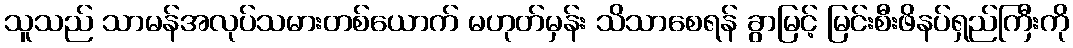
သူသည် သာမန်အလုပ်သမားတစ်ယောက် မဟုတ်မှန်း သိသာစေရန် ခွာမြင့် မြင်းစီးဖိနပ်ရှည်ကြီးကို